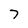
Character: 7